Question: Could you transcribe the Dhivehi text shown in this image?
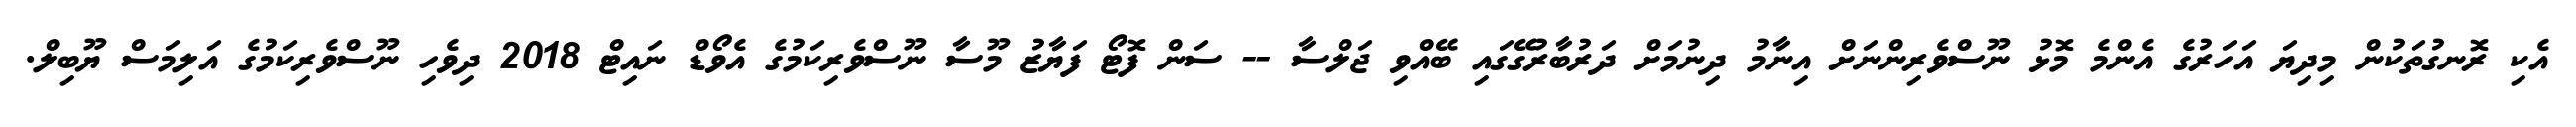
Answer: އެކި ރޮނގުތަކުން މިދިޔަ އަހަރުގެ އެންމެ މޮޅު ނޫސްވެރިންނަށް އިނާމު ދިނުމަށް ދަރުބާރުގޭގައި ބޭއްވި ޖަލްސާ -- ސަން ފޮޓޯ ފަޔާޒު މޫސާ ނޫސްވެރިކަމުގެ އެވޯޑް ނައިޓް 2018 ދިވެހި ނޫސްވެރިކަމުގެ އަލިމަސް ޔޫބިލް.